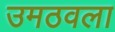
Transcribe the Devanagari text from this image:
उमठवला